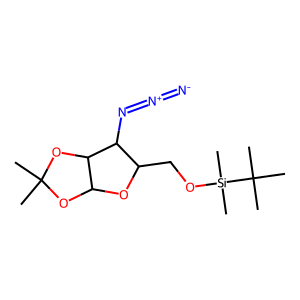
SMILES: CC1(C)OC2OC(CO[Si](C)(C)C(C)(C)C)C(N=[N+]=[N-])C2O1
Inhibits HIV replication: No